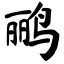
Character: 鹂